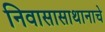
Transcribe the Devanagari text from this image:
निवासासाथानाचे